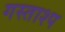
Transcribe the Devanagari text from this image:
गस्ताश्प